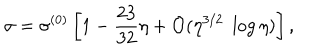
LaTeX: \sigma = \sigma ^ { ( 0 ) } \left[ 1 - \frac { 2 3 } { 3 2 } \eta + { \cal O } ( \eta ^ { 3 / 2 } \; \log \eta ) \right] ,